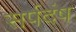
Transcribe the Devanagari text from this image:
सर्पदंष